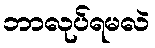
ဘာလုပ်ရမလဲ